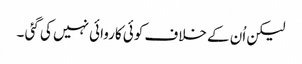
لیکن اُن کے خلاف کوئی کاروائی نہیں کی گئی ۔